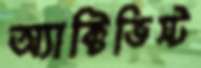
অ্যাক্টিভিস্ট